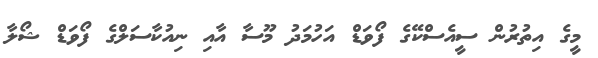
މީގެ އިތުރުން ސީއެސްކޭގެ ފޯވަޑް އަހުމަދު މޫސާ އާއި ނިއުކާސަލްގެ ފޯވަޑް ޝޯލާ